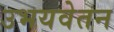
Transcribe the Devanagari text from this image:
उभयवेतन